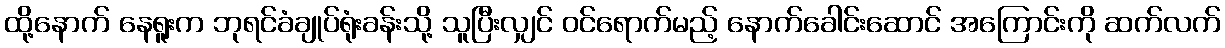
ထို့နောက် နေရူးက ဘုရင်ခံချုပ်ရုံးခန်းသို့ သူပြီးလျှင် ဝင်ရောက်မည့် နောက်ခေါင်းဆောင် အကြောင်းကို ဆက်လက်